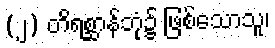
(၂) တိရစ္ဆာန်ဘုံ၌ ဖြစ်သောသူ၊